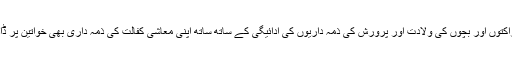
عقل وانصاف کے زاویے سے بھی اس امر پر زیادہ استدلال کی ضرورت نہیں کہ طبعی و خلقی نزاکتوں اور بچوں کی ولادت اور پرورش کی ذمہ داریوں کی ادائیگی کے ساتھ ساتھ اپنی معاشی کفالت کی ذمہ داری بھی خواتین پر ڈال دینا ان کے ساتھ صریح بے انصافی ہے اور قرآن دراصل انھیں اسی سے محفوظ رکھنا چاہتا ہے۔